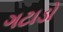
ગટાડો